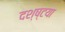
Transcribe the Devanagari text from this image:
दश्ष्टया